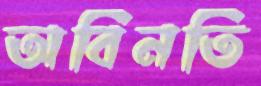
অবিনতি